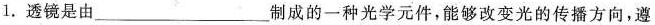
1.透镜是由___制成的一种光学元件，能够改变光的传播方向，遵